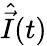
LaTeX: \hat{\vec{I}}(t)